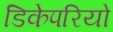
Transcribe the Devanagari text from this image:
डिकेपरियो